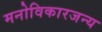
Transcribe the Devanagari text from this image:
मनोविकारजन्य